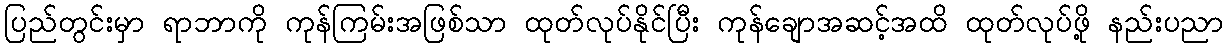
ပြည်တွင်းမှာ ရာဘာကို ကုန်ကြမ်းအဖြစ်သာ ထုတ်လုပ်နိုင်ပြီး ကုန်ချောအဆင့်အထိ ထုတ်လုပ်ဖို့ နည်းပညာ